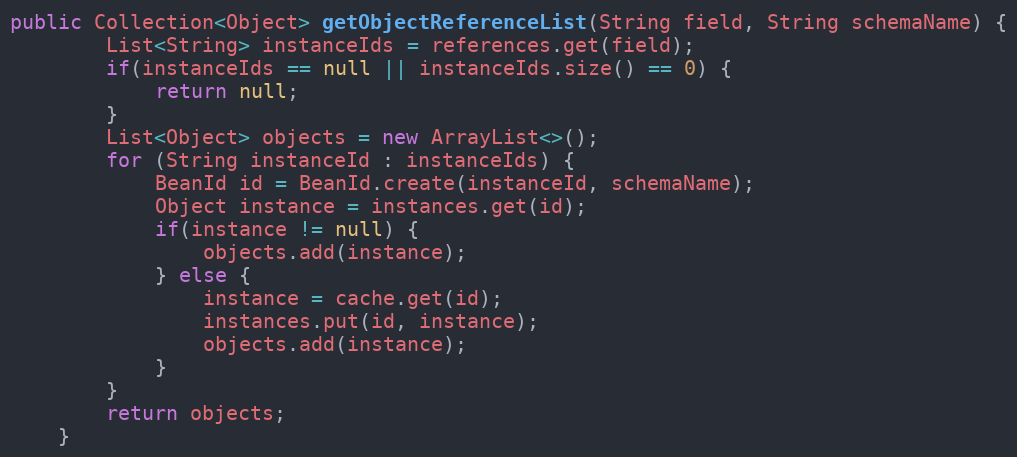
Language: Java
public Collection<Object> getObjectReferenceList(String field, String schemaName) {
        List<String> instanceIds = references.get(field);
        if(instanceIds == null || instanceIds.size() == 0) {
            return null;
        }
        List<Object> objects = new ArrayList<>();
        for (String instanceId : instanceIds) {
            BeanId id = BeanId.create(instanceId, schemaName);
            Object instance = instances.get(id);
            if(instance != null) {
                objects.add(instance);
            } else {
                instance = cache.get(id);
                instances.put(id, instance);
                objects.add(instance);
            }
        }
        return objects;
    }